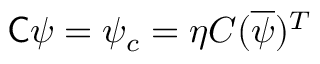
{ \mathsf { C } } \psi = \psi _ { c } = \eta C ( { \overline { { \psi } } } ) ^ { T }